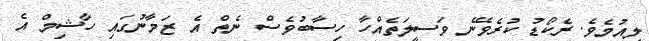
ލިއުމެވެ. ރެކޯޑު ކުރެވޭނެ ވަސީލަތެއްހާ ހިސާބުވެސް ނެތް އެ ޒަމާނުގައި ހާޝިމް އެ